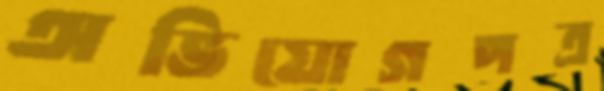
অভিযোগপত্র